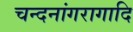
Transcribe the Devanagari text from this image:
चन्दनांगरागादि